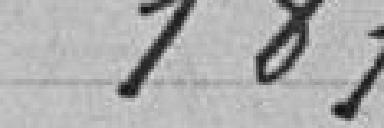
187